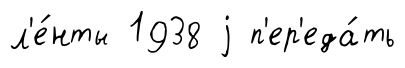
л'е́нты 1938 j п'ер'еда́ть